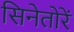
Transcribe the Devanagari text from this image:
सिनेतोरें